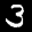
Label: 3